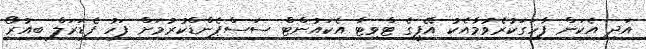
އަދި އެކަން ފާހަގަކުރެވުމާއެކު އޭޕީގެ ޓްވިޓާ އެކައުންޓް ސަސްޕެންޑްކުރުމަށް ފަހު ފެޑަރަލް ބިއުރޯ